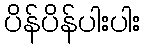
ပိန်ပိန်ပါးပါး